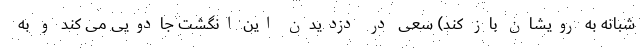
شبانه به رویشان باز کند) سعی در دزدیدن این انگشت جادویی می کند و به